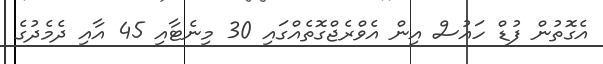
އެގޮތުން ފުޑް ހައުސް އިން އެވްރެޖްގޮތެއްގައި 30 މިނެޓާއި 45 އާއި ދެމެދުގެ